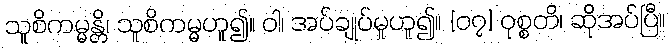
သူစိကမ္မန္တိ၊ သူစိကမ္မဟူ၍။ ဝါ၊ အပ်ချုပ်မှုဟူ၍။ {၀၇} ဝုစ္စတိ၊ ဆိုအပ်ပြီ။